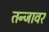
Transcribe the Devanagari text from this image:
तन्जावर